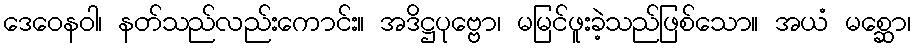
ဒေဝေနဝါ၊ နတ်သည်လည်းကောင်း။ အဒိဋ္ဌပုဗ္ဗော၊ မမြင်ဖူးခဲ့သည်ဖြစ်သော။ အယံ မစ္ဆော၊